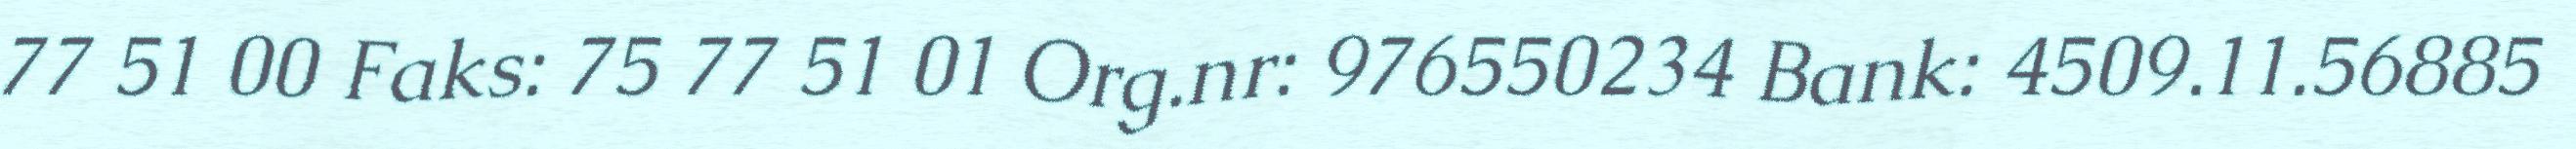
77 51 00 Faks: 75 77 51 01 Org.nr: 976550234 Bank: 4509.11.56885